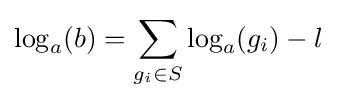
\log _{a}(b)=\sum _{g_{i}\in S}\log _{a}(g_{i})-l